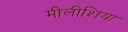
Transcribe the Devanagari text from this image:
मीलीशिया